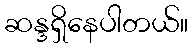
ဆန္ဒရှိနေပါတယ်။